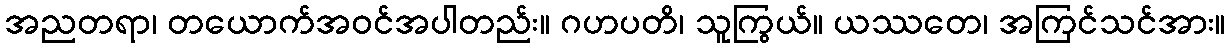
အညတရာ၊ တယောက်အဝင်အပါတည်း။ ဂဟပတိ၊ သူကြွယ်။ ယဿတေ၊ အကြင်သင်အား။